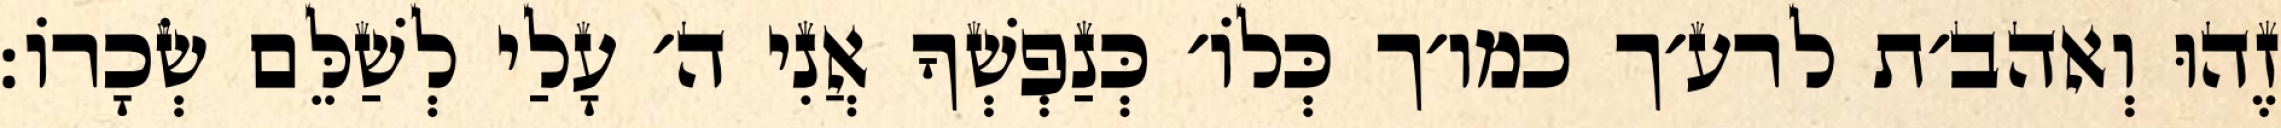
זֶהוּ וְאהב׳ת לרע׳ך כמו׳ך כְּלוֹ׳ כְּנַפְשְׁךָ אֲנִי ה׳ עָלַי לְשַׁלֵּם שְׂכָרוֹ: